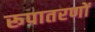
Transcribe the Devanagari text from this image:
रूपातरणों